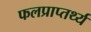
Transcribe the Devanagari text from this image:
फलप्राप्तर्थ्य